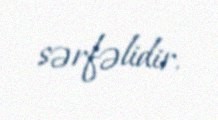
sərfəlidir.